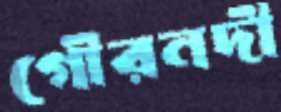
গৌরনদী